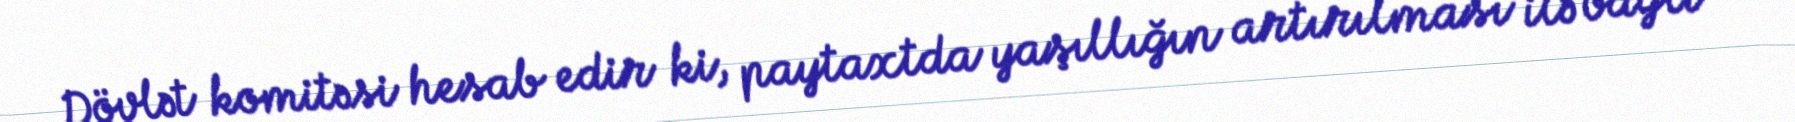
Dövlət komitəsi hesab edir ki, paytaxtda yaşıllığın artırılması ilə bağlı